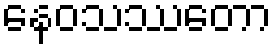
နေဝသဿတော